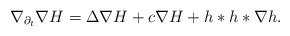
\begin{align*} \nabla_{\partial_{t}} \nabla H= \Delta \nabla H+c \nabla H+h \ast h \ast \nabla h. \end{align*}